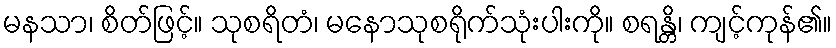
မနသာ၊ စိတ်ဖြင့်။ သုစရိတံ၊ မနောသုစရိုက်သုံးပါးကို။ စရန္တိ၊ ကျင့်ကုန်၏။